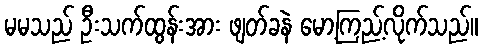
မမသည် ဦးသက်ထွန်းအား ဖျတ်ခနဲ မော့ကြည့်လိုက်သည်။